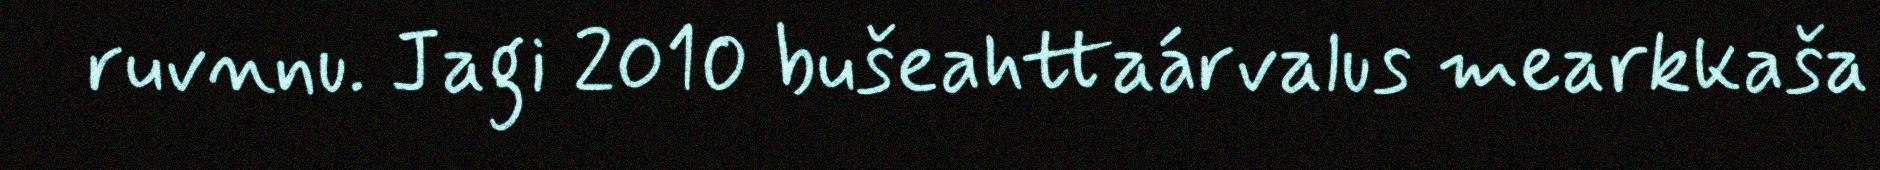
ruvnnu. Jagi 2010 bušeahttaárvalus mearkkaša